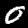
Digit: 0